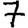
Digit: 7